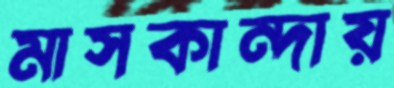
মাসকান্দায়